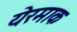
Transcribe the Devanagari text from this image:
येरमाक